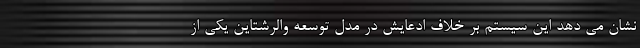
نشان مي دهد این سيستم بر خلاف ادعایش در مدل توسعه والرشتاين یکی از